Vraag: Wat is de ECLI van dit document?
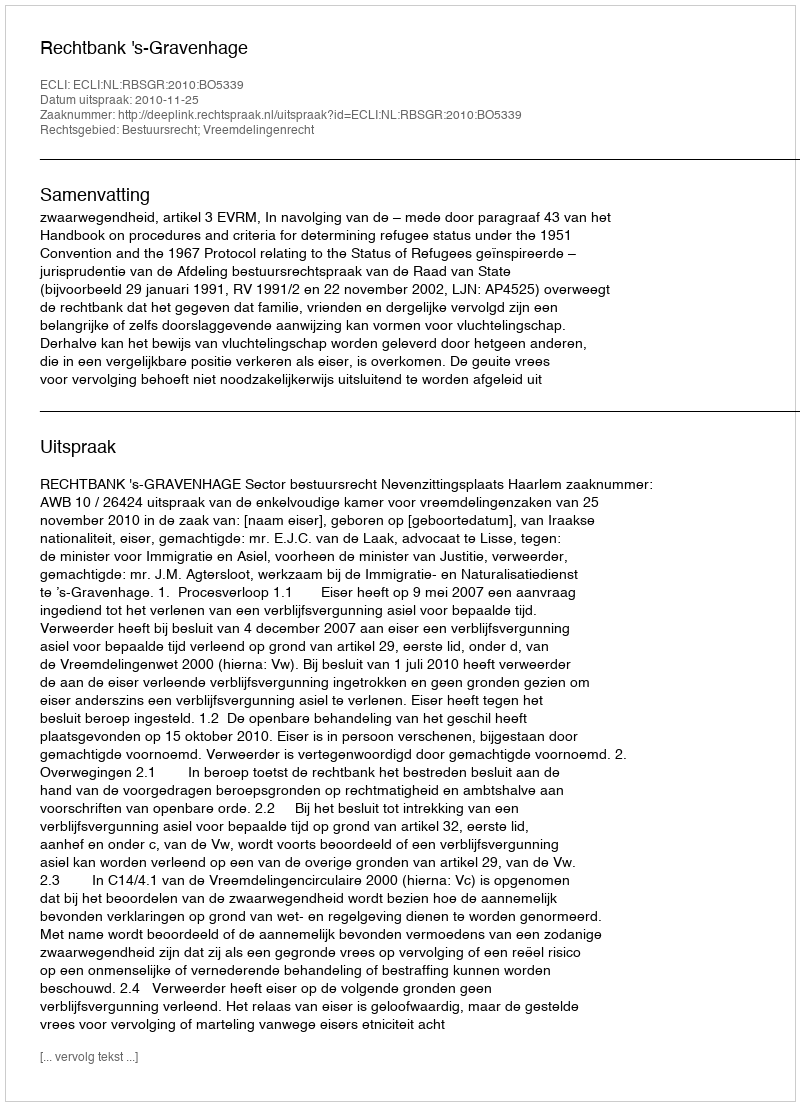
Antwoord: ECLI:NL:RBSGR:2010:BO5339